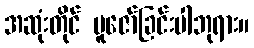
အဆုံးတိုင် ပူဇော်ခြင်းပါဘုရား။